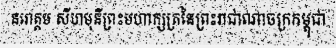
នរោត្តម សីហមុនីព្រះមហាក្សត្រនៃព្រះរាជាណាចក្រកម្ពុជា